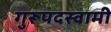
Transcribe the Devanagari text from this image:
गुरूपदस्वामी